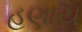
હણાય